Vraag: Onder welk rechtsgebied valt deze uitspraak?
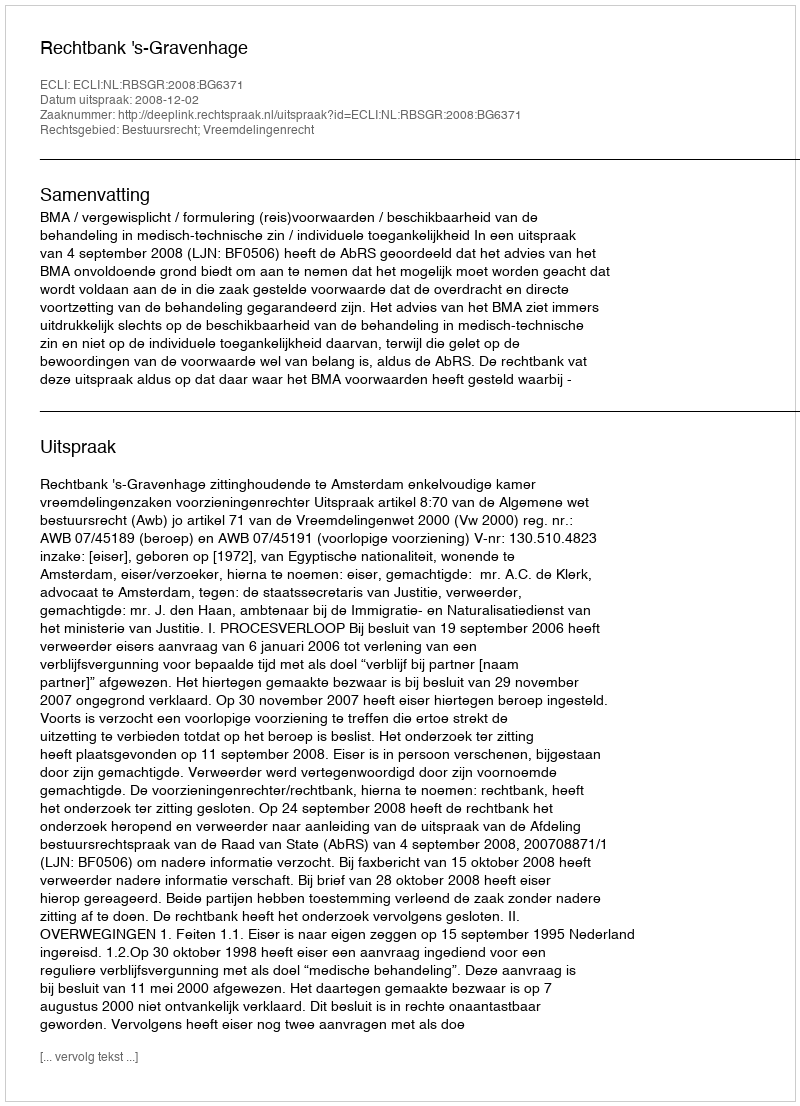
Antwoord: Bestuursrecht; Vreemdelingenrecht